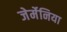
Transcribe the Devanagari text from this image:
जेर्मेनिया